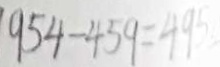
9 5 4 - 4 5 9 = 4 9 5